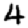
Digit: 4